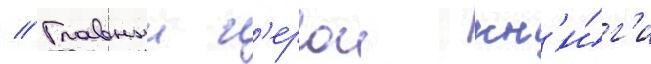
// Главныи г'ерои кн'и́г'и